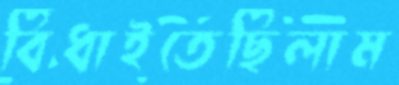
বিঁধাইতেছিলাম